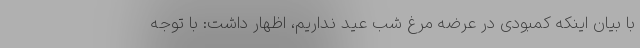
با بیان اینکه کمبودی در عرضه مرغ شب عید نداریم، اظهار داشت: با توجه